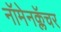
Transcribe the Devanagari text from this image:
नॉमेनक्लॅचर